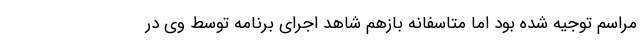
مراسم توجیه شده بود اما متاسفانه بازهم شاهد اجرای برنامه توسط وی در